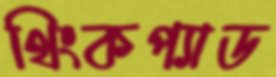
থিংকপ্যাড